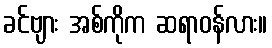
ခင်ဗျား အစ်ကိုက ဆရာဝန်လား။